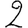
Digit: 2